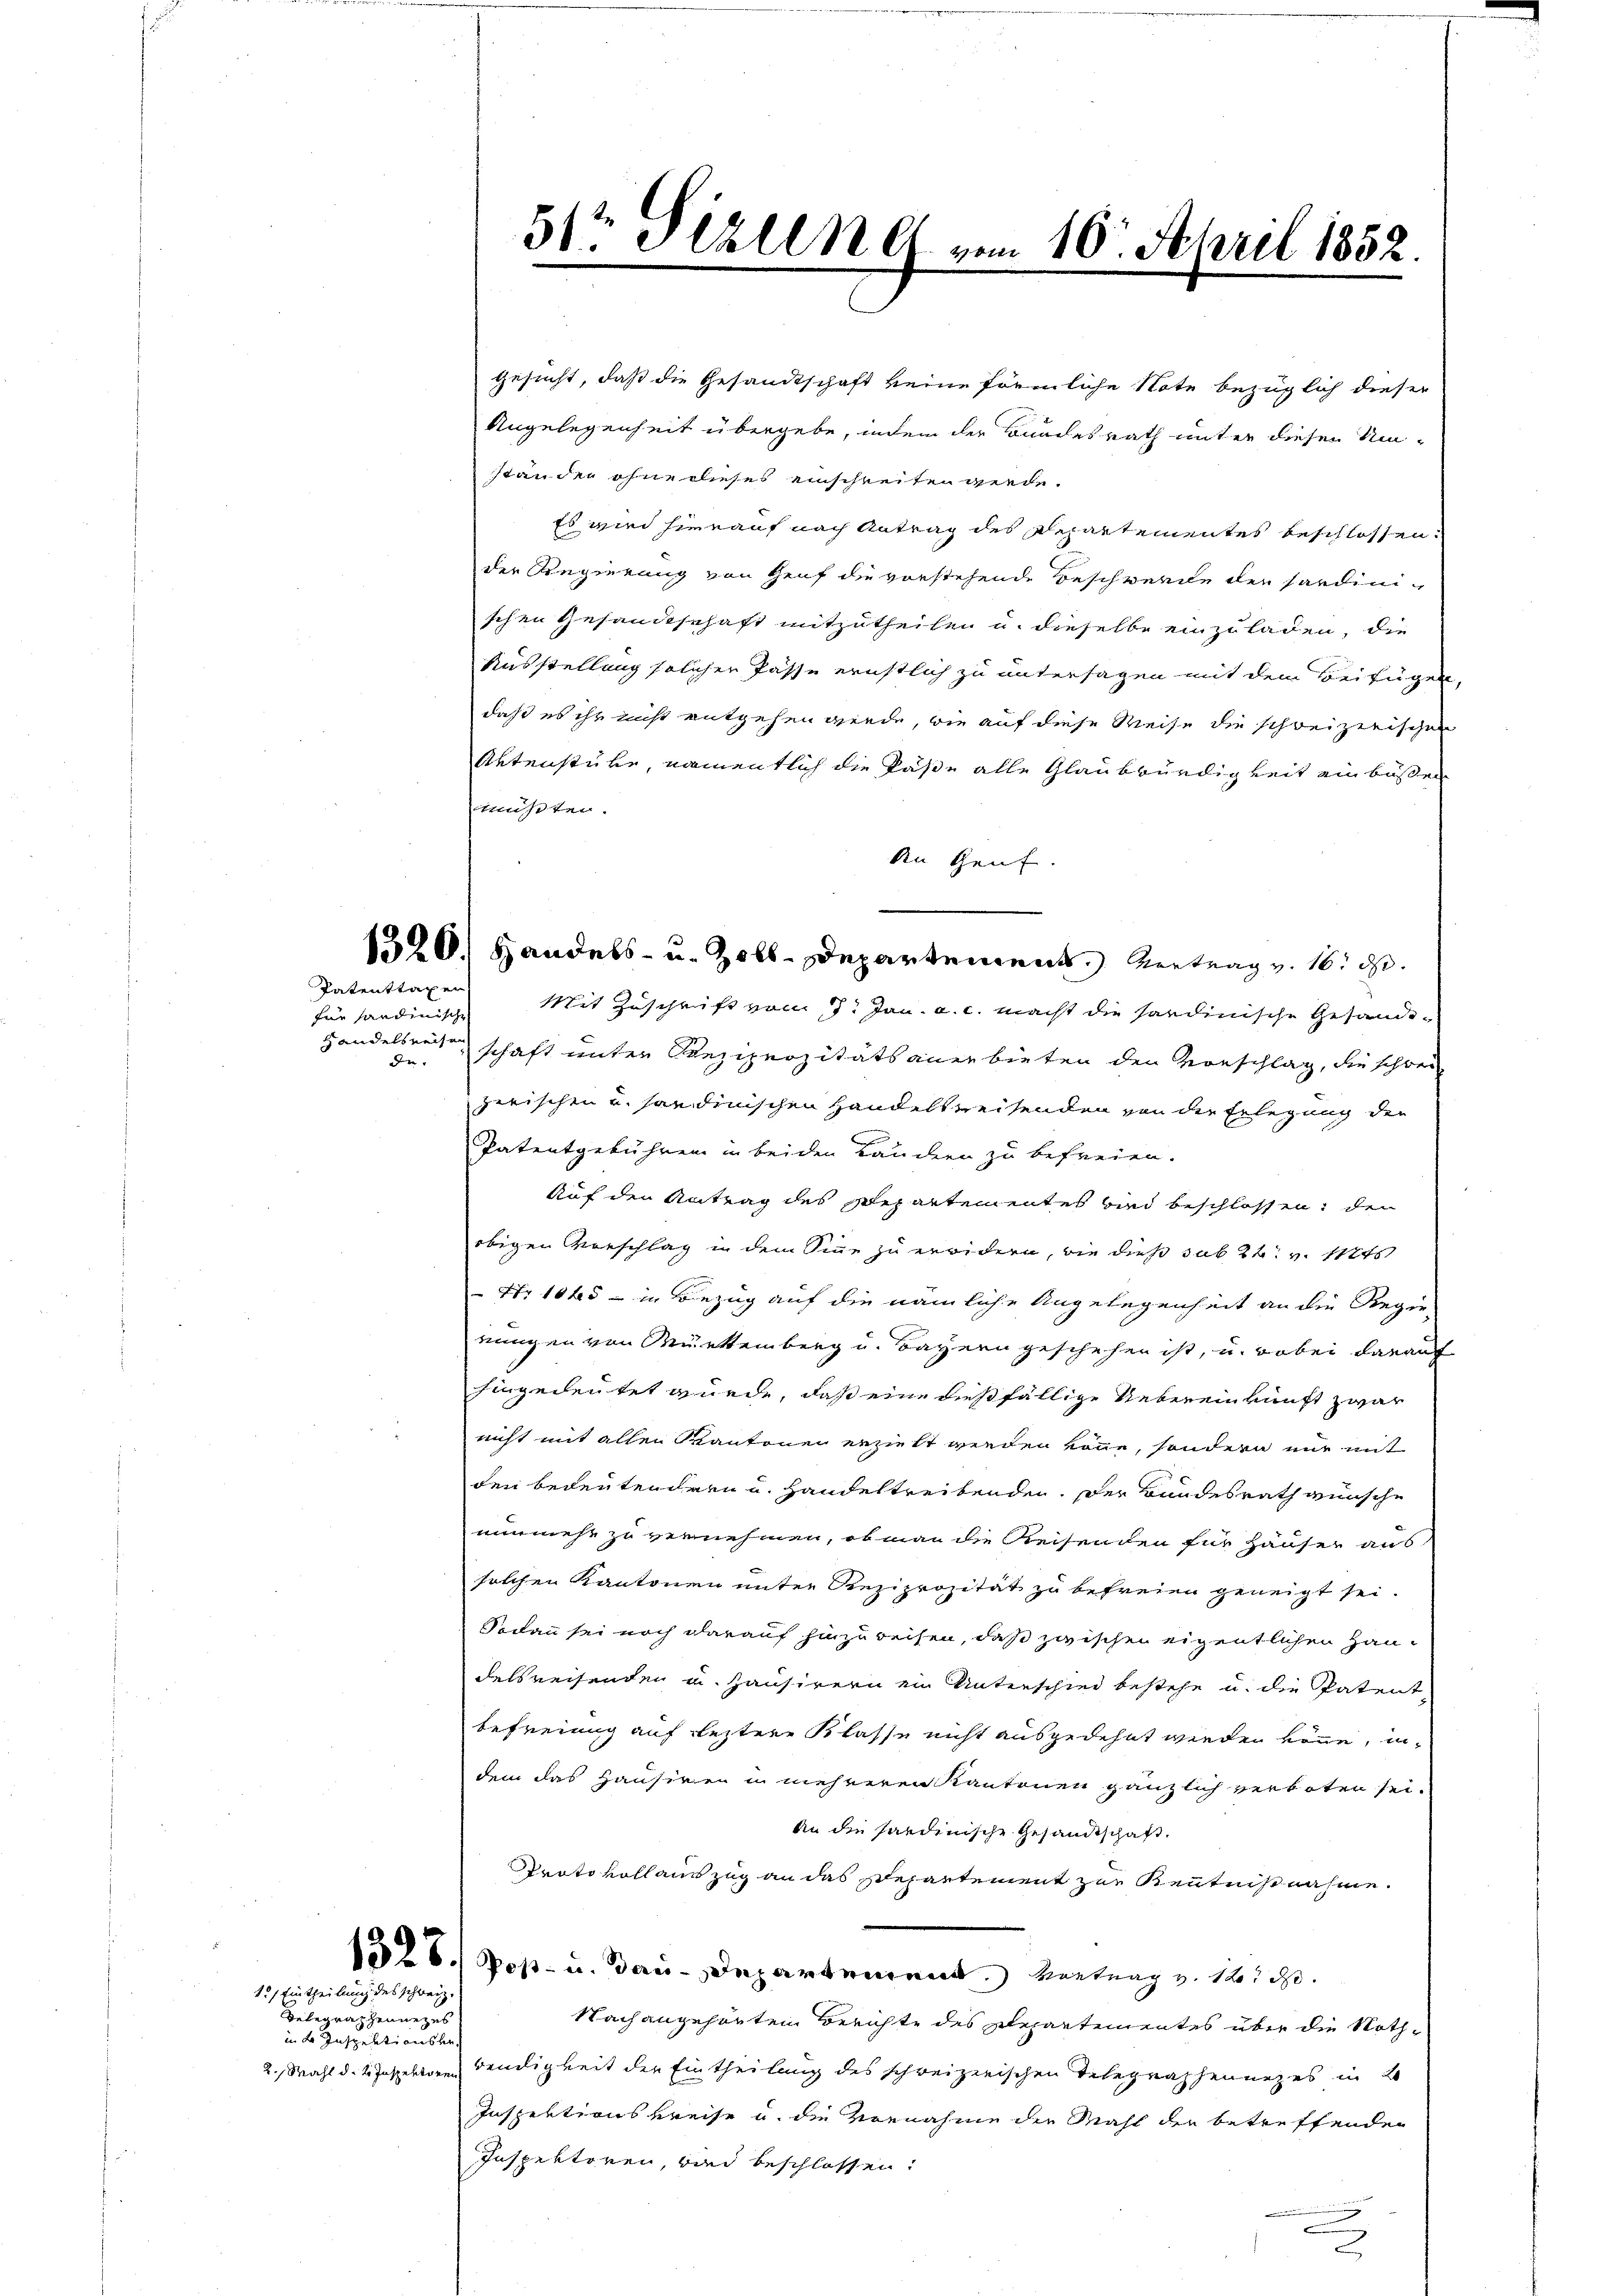
für handinische
Handelsreisen
dr

gesucht, daß die Gesandtschaft keine förmliche Note bezüglich dieser
Angelegenheit übergebe, indem der Bundesrath unter diesen Umstanden ohnerlieses einschreiten werde.
Es wird hierauf nach Antrag des Repartementes beschlossen:
der Regierung von Genf die vorstehende Beschwerde der hardinischen Gesandtschaft mitzutheilen u. dieselbe einzuladen, die
Ausstellung solcher Pässe ernstlich zu untersagen mit dem Beifügen,
daß es ihr nicht entgehen werde, wie auf diese Weise die schweizerischen
Aktenstube, namentlich die Päße alle Glaubwürdigkeit einbüßen
mußtei.
An Genf.
Patenttaxen Mit Zuschrift vom 7. Jan. a. c. macht die sardinische Gesande-
schaft unter Reziprozitätsanerbieten den Vorschlag, die schwei
zerischen u. sardinischen Handelsweisenden von der Erlegung der
Patentgebühren in beiden Landern zu befreien.
Auf den Antrag des Separtementes sind beschlossen, den
obigen Vorschlag in dem Sinne zu erwidern, wie dies sub 24. v. 11t
 Nr. 1045 - in Bezug auf die nämliche Angelegenheit an die Regie-
rungen von Würtemberg u. Bayern geschehen ist, u. wobei darauf
hingedeutet wurde, daß eine dießfällige Uebereinkunft zwar
nicht mit allen Kantonen erzieht werden könne, sondern nur mit
dei bedeutendern u. Handeltreibenden. Der Bundesrath wünsche
nunmehr zu vernehmen, ob man die Reisenden für Häuser aus
solchen Kantonen unter Reziprozität zu befreien geneigt sei.
Sodann sei noch darauf hinzureisen, daß zwischen eigentlichen Haudelsreisenden u. Hausirern ein Unterschied bestehe u. die Patent,
befreiung auf letztere Klasse nicht ausgedehnt werden könne, indem das Hausiren in mehreren Kantonen gänzlich verboter sei¬
An die sardinische Gesandtschaft.
Protokollauszug an das Departement zur Kenntnißnahme.
1326) Poß- u. Bau-Departement. Vertrag v. 165 d
Nach angehörten Berichte des Departementes über die Noth¬
2. Wahl d. 2. Inspektoren dendigkeit der Eintheilung des schreizerischen Telegraphennizes in B
Inspektionskreise u. die Vornahme der Mahl den betreffenden
Inspektoren, und beschlossen:

15) Eintheilung des schweiz.

Telegraphennezes
in der Inspektionsber

51te Stelle vom 10. April 1852.

1320. Handels- u. Zoll-Departement. Vertrag v. 16. d.